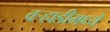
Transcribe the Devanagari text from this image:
वर्‍हाडीमध्ये